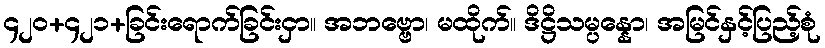
၄၂၀+၄၂၁+ခြင်းရောက်ခြင်းငှာ။ အဘဗ္ဗော၊ မထိုက်။ ဒိဋ္ဌိသမ္ပန္နော၊ အမြင်နှင့်ပြည့်စုံ